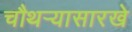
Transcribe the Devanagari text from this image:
चौथऱ्यासारखे